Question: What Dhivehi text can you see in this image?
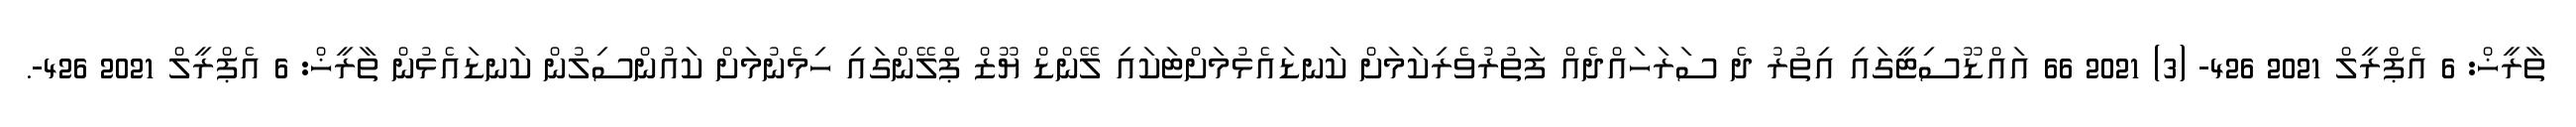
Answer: ތާރީޚް: 6 އެޕްރީލް 2021 426- (3) 2021 66 އައްޑޫސިޓީގައި އިތުރު ދެ ސަރަހައްދެއް ފަތުރުވެރިކަމަށް ކަނޑައެޅުމަށްޓަކައި ލޭންޑް ޔޫޒް ޕްލޭންގައި ހިމެނުމަށް ކައުންސިލުން ކަނޑައެޅުން ތާރީޚް: 6 އެޕްރީލް 2021 426-.